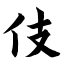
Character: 伎